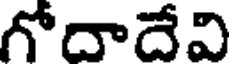
గోదాదేవి